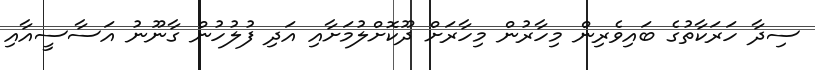
ސިދާ ހަރަކާތުގެ ބައިވެރިން މިހާރުން މިހާރަށް ދޫކޮށްލުމަށާއި އަދި ފުލުހުން ގާނޫނު އަސާސީއާއި